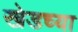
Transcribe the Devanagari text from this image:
खेडच्या